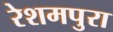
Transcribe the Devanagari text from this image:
रेशमपुरा